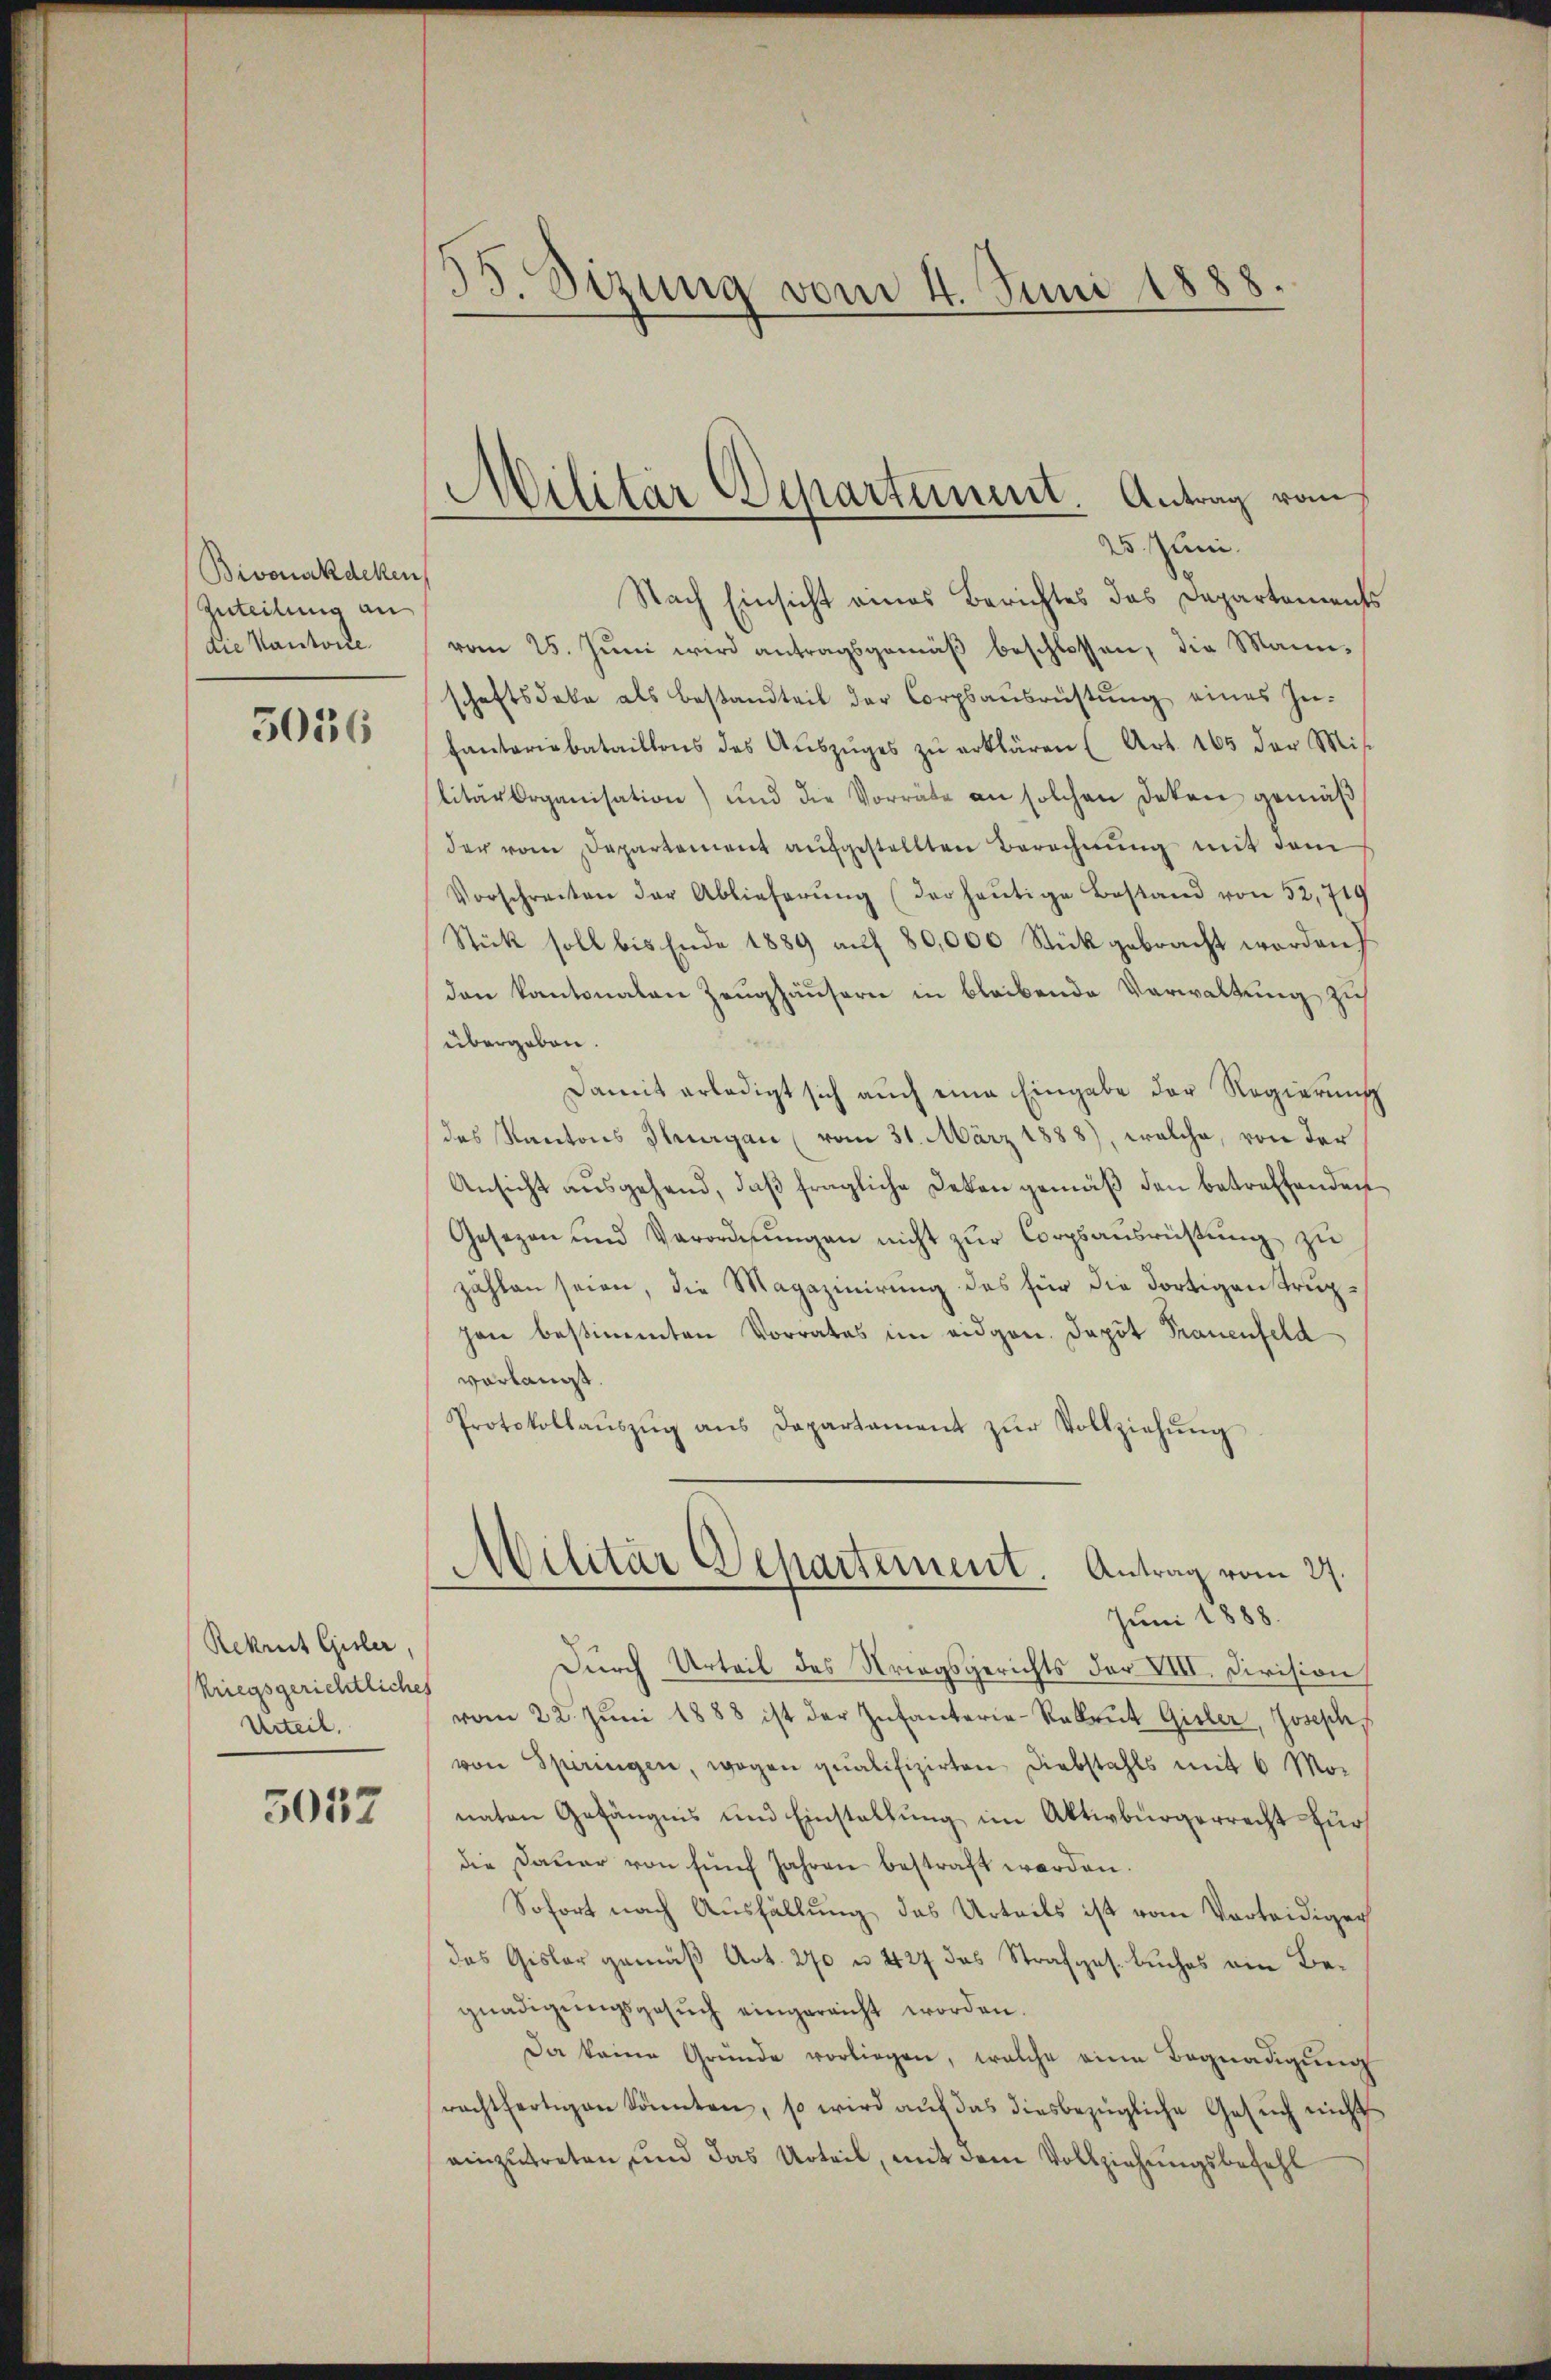
Bivonakdeken
Zuteilung an
die Kantone

3036

Rekrut Gisler
kriegsgerichtliches
Urteil.

5012

35. Sizung vom 4. Juni 1888.

Militär Departement. Antrag vom
25. Juni.

Nach Einsicht eines Berichtes das Departements
vom 25. Jŭni wird antragsgemäβ beschlossen, die Mannschaftsdeke als bestandteil der Corpsansrüstŭng eines In-
Cantariabataillons des Aŭszŭges zŭ erklären (Art. 165 der Mis
litärorganisation) und die Vorräte an solchen deken gemäβ
der vom Departement aufgestellten Berechnung mit dem
Vorschreiten der Ablieferŭng (der heŭtige Bestand von 52, 719
Stück soll bis Ende 1889 aŭf 80,000 Stück gebracht worden
den kantonalen Zeughäusern in bleibende Verwaltung zu
übergeben
Damit erledigt sich auch eine Eingabe der Regierung
des Kantons Thurgau (vom 31. März 1888), welche, von der
Ansicht ausgehend, daß fragliche Dekan gemäß den betreffenden
Gesezen und Verordnungen nicht zur Corpsausrüstung zu
zählen seien, die Magazinirung des für die Fortigen Truphan bestimmten Vorrates im eidgen. Depot Trauenfeld
vorlangt.
Protokollaŭszŭg ans Departament zŭr Vollziehŭng

Militär Departement. Antrag vom 27.
Juni 1888.

Durch Urteil des Kriegsgerichts der VIII. Division
vom 22. Jŭni 1888 ist der Infanterie-Rekrut Gisler, Joseph
von Spiringen, wogen qualifizirten Diebstahls mit 6 Mo-
naten Gefängnis und Einstellung im Aktivbürgerrecht für
die Dauer von fünf Jahren bestraft worden.
Sofort nach Ausfällung das Urteils ist vom Vorteidiger
das Gisler gemäß Art. 270 u. 427 des Strafges. Buches ein Begnadigŭngsgesŭch eingereicht worden.
Da keine Gründe vorliegen, welche eine Begnadigŭng
rachtfertigen könnten, so wird aŭf das diesbezügliche Gesŭch nicht
einzutreten und das Urteil, mit dem Vollziehungsbefehl